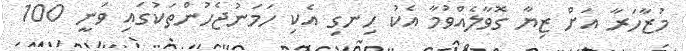
މުޒާހަރާ އަށް ޒިޔާ ގޮވާލެއްވުމާ އެކު ހިނގި އެކި ހަމަނުޖެހުންތަކުގައި ވަނީ 100